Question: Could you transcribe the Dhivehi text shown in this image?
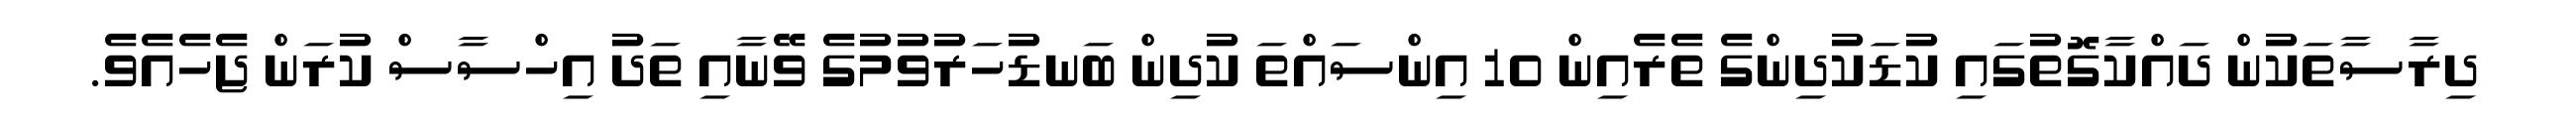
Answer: ދިރާސާތަކުން ދައްކާގޮތުގައި ކުޑަކުދިންގެ ތެރެއިން 10 އިންސައްތަ ކުދިން ބަނޑުހަރުވުމުގެ ވޭނާއި ތަދު އިހްސާސް ކުރަން ޖެހެއެވެ.